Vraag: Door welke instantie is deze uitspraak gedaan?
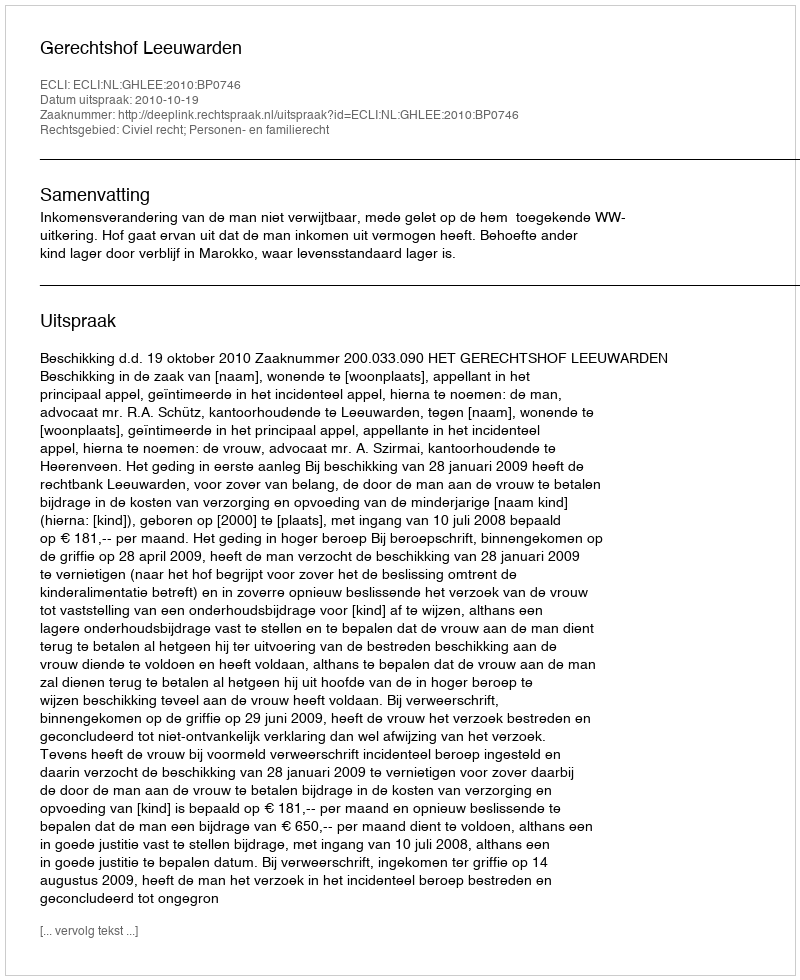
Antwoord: Gerechtshof Leeuwarden